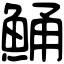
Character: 鯒